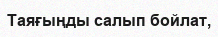
Таяғыңды салып бойлат,